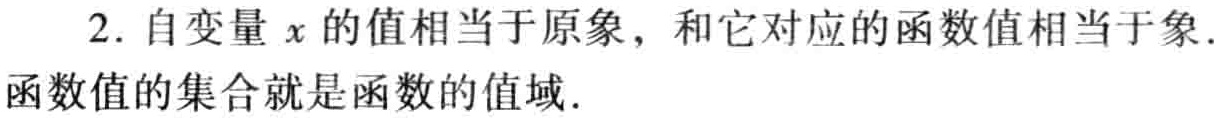
2. 自变量 \(x\) 的值相当于原象，和它对应的函数值相当于象. 函数值的集合就是函数的值域.